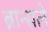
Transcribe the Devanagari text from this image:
ब्रान्सले